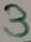
Text: 3